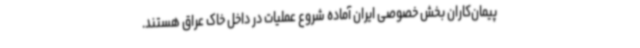
پیمان‌کاران بخش خصوصی ایران آماده شروع عملیات در داخل خاک عراق هستند.